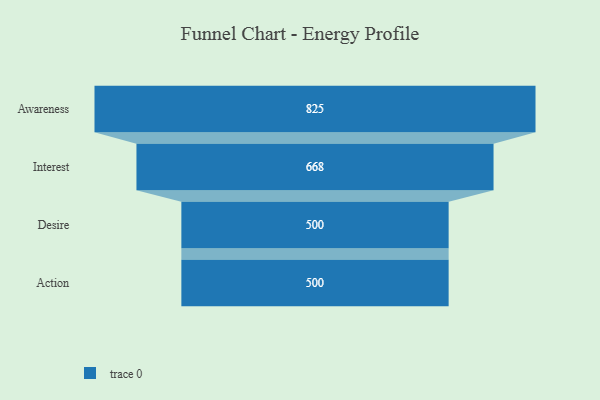
{"axis": {"x": "Stage", "y": "Value"}, "legend": [""], "data": [{"x": "Awareness", "y": 825.0, "type": ""}, {"x": "Interest", "y": 668.0, "type": ""}, {"x": "Desire", "y": 500, "type": ""}, {"x": "Action", "y": 500, "type": ""}]}